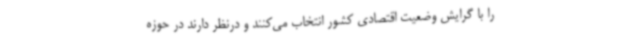
را با گرایش وضعیت اقتصادی کشور انتخاب می‌کنند و درنظر دارند در حوزه